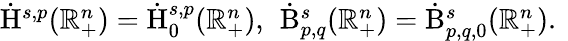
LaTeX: \begin{array}{r}{\dot{\mathrm{H}}^{s,p}(\mathbb{R}_{+}^{n})=\dot{\mathrm{H}}_{0}^{s,p}(\mathbb{R}_{+}^{n})\mathrm{,~}\, \dot{\mathrm{B}}_{p,q}^{s}(\mathbb{R}_{+}^{n})=\dot{\mathrm{B}}_{p,q,0}^{s}(\mathbb{R}_{+}^{n})\mathrm{.~}}\end{array}